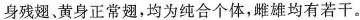
身残翅、黄身正常翅，均为纯合个体，雌雄均有若干。